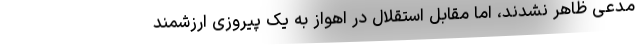
مدعی ظاهر نشدند، اما مقابل استقلال در اهواز به یک پیروزی ارزشمند